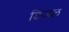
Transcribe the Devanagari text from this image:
डिजल